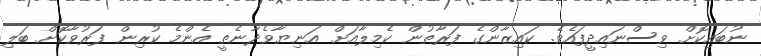
ނުބައިކޮށް ވިސްނައިދީފައެވެ. ކައިޒާންގެ ފަރާތުން ކެމިލާއަށް އަނިޔާވެދާނެތީ އެންމެ ކުރިން ފަރުވާކޮށް ބަލި